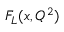
F _ { L } ( x , Q ^ { 2 } )